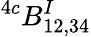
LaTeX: ^{4c}B_{12,34}^{I}